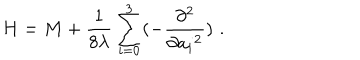
H = M + { \frac { 1 } { 8 \lambda } } \sum _ { i = 0 } ^ { 3 } ( - { \frac { \partial ^ { 2 } } { \partial { a _ { i } } ^ { 2 } } } ) \, \, .